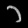
Digit: ၁